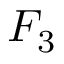
F _ { 3 }